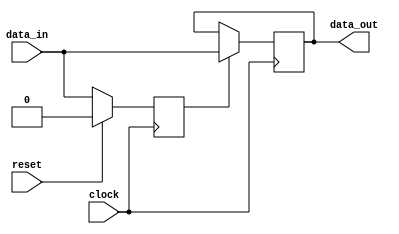
module level_sensitive_latch (
    input wire clock,
    input wire reset,
    input wire data_in,
    output reg data_out
);

reg latch_state;

always @ (posedge clock) begin
    if (reset) begin
        latch_state <= 1'b0;
    end else begin
        latch_state <= data_in;
    end
end

always @ (posedge clock) begin
    if (latch_state) begin
        data_out <= data_in;
    end
end

endmodule